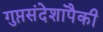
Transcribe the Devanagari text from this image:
गुप्तसंदेशांपैकी